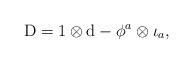
\begin{align*}{\rm D}=1 \otimes {\rm d} - \phi^a \otimes \iota_a,\end{align*}